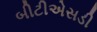
બીટીએસડી